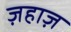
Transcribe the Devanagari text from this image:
ज़हाज़